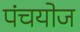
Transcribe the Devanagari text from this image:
पंचयोज